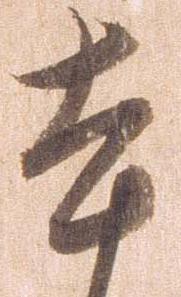
本